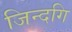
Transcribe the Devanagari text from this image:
जिन्दगि